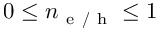
0 \leq n _ { \mathrm { ~ e ~ / ~ h ~ } } \leq 1